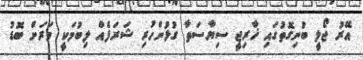
އޭރު ޖޯލީ ބުނިގޮތުގައި ޚާރިޖީ ސިޔާސަތާ ގުޅުންހުރި ޝަރަފެއް ލިބުމަކީ ވަރަށް ބޮޑު